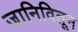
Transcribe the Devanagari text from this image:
जानिवितून